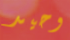
وحيد